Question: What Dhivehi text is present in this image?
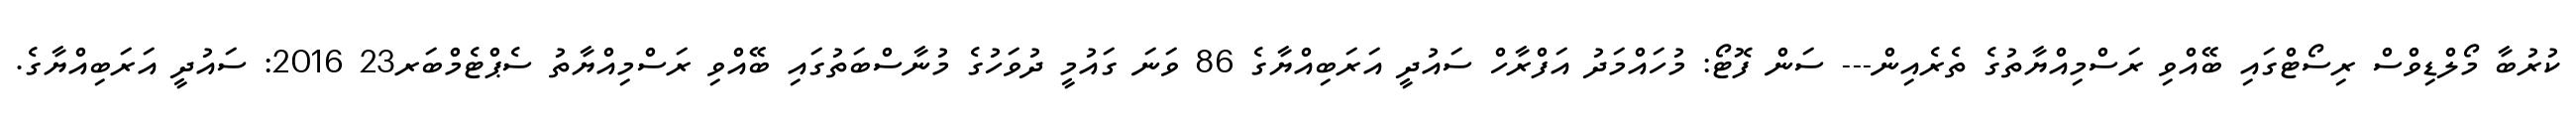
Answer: ކުރުބާ މޯލްޑިވްސް ރިސޯޓްގައި ބޭއްވި ރަސްމިއްޔާތުގެ ތެރެއިން--- ސަން ފޮޓޯ: މުހައްމަދު އަފްރާހް ސައުދީ އަރަބިއްޔާގެ 86 ވަނަ ގައުމީ ދުވަހުގެ މުނާސްބަތުގައި ބޭއްވި ރަސްމިއްޔާތު ސެޕްޓެމްބަރ23 2016: ސައުދީ އަރަބިއްޔާގެ.